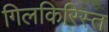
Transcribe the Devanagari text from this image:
गिलकिरिस्त